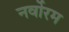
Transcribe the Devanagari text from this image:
नर्वोरम